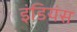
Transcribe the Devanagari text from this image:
इंडियंस